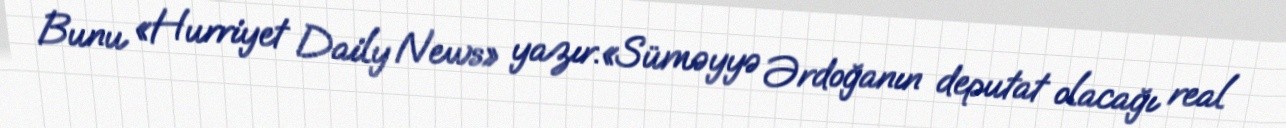
Bunu «Hurriyet Daily News» yazır.«Süməyyə Ərdoğanın deputat olacağı real